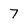
Character: 7